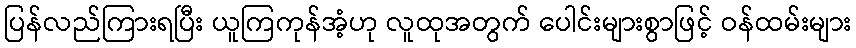
ပြန်လည်ကြားရပြီး ယူကြကုန်အံ့ဟု လူထုအတွက် ပေါင်းများစွာဖြင့် ဝန်ထမ်းများ